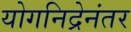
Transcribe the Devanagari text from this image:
योगनिद्रेनंतर